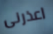
اعذرنى